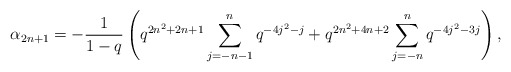
\begin{align*} \alpha_{2n+1} = -\frac{1}{1-q}\left(q^{2n^2+2n+1}\sum_{j=-n-1}^{n}q^{-4j^2-j} + q^{2n^2+4n+2}\sum_{j=-n}^{n}q^{-4j^2-3j}\right),\end{align*}